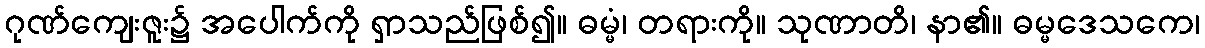
ဂုဏ်ကျေးဇူး၌ အပေါက်ကို ရှာသည်ဖြစ်၍။ ဓမ္မံ၊ တရားကို။ သုဏာတိ၊ နာ၏။ ဓမ္မဒေသကေ၊